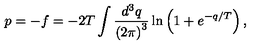
p = - f = - 2 T \int \frac { d ^ { 3 } q } { \left( 2 \pi \right) ^ { 3 } } \ln \left( 1 + e ^ { - q / T } \right) ,